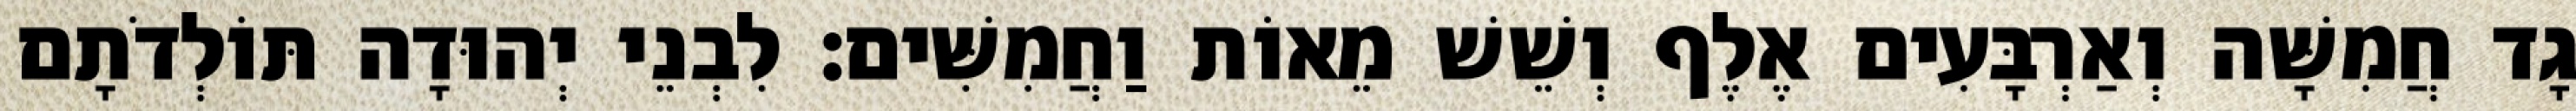
גָד חֲמִשָּׁה וְאַרְבָּעִים אֶלֶף וְשֵׁשׁ מֵאוֹת וַחֲמִשִּׁים׃ לִבְנֵי יְהוּדָה תּוֹלְדֹתָם